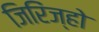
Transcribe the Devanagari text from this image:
जिरिंज्हो